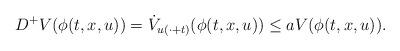
LaTeX: \begin{align*} D^+V(\phi(t,x,u)) =\dot{V}_{u(\cdot+t)}(\phi(t,x,u)) \leq a V(\phi(t,x,u)).\end{align*}